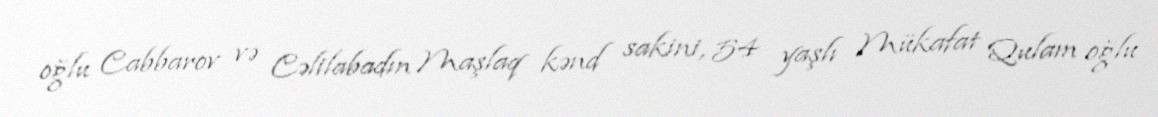
oğlu Cabbarov və Cəlilabadın Maşlaq kənd sakini, 54 yaşlı Mükafat Qulam oğlu